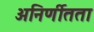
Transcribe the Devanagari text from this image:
अनिर्णीतता